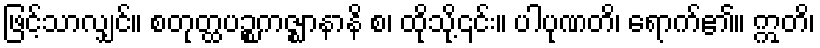
ဖြင့်သာလျှင်။ စတုတ္ထပဉ္စကဇ္ဈာနာနိ စ၊ ထိုသို့၎င်း။ ပါပုဏတိ၊ ရောက်၏။ ဣတိ၊